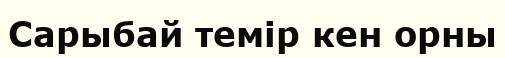
Сарыбай темір кен орны